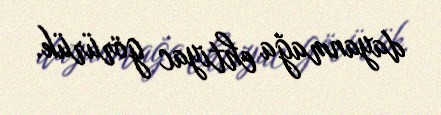
dayanmağa ehtiyac görürük.